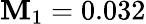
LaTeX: \mathbf{M}_{1}=0.032